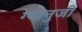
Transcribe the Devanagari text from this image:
ग्यानुजी